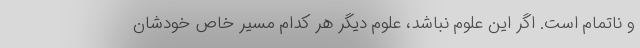
و ناتمام است. اگر این علوم نباشد، علوم دیگر هر کدام مسیر خاص خودشان